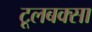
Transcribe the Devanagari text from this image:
टूलबक्सा